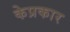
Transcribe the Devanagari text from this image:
केप्रकार